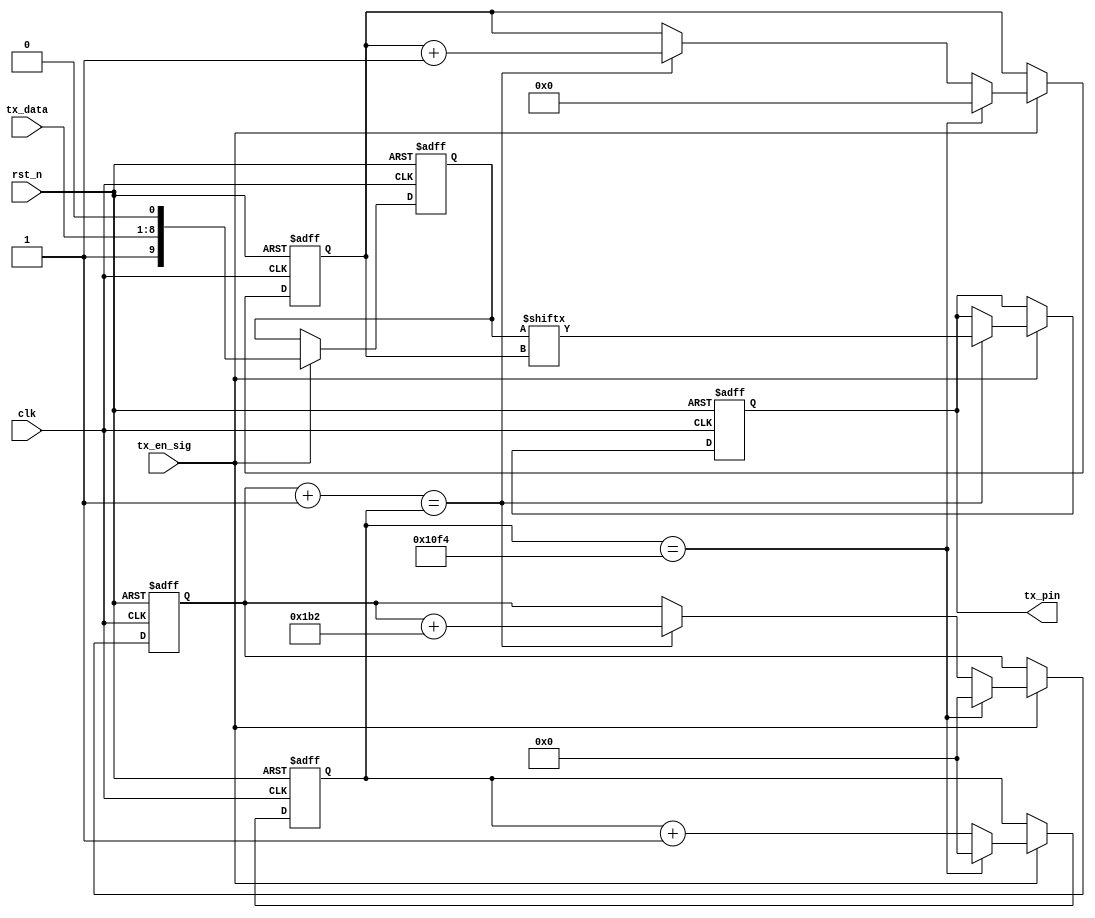
/*
 * 
 */

//50Mhz 115200bps
//1clk = 20ns
//1bit = 8.68us
//10*(434)=4340clk = 37671.2us
//+1clk,4341



module tx_module_2
#(parameter BPS = 13'd434)
(
    clk,
    rst_n,
    tx_en_sig,
    tx_data,
    tx_pin
);
    
    input clk;
    input rst_n;
    
    input tx_en_sig;
    input [7:0]tx_data;
    
    output reg tx_pin;
    
    /***********************/
    /*
    //bitclk
    localparam BPS_50MHz_9600   = 13'd5208;     *10 = 52080(16bit)
    localparam BPS_50MHz_115200 = 13'd434;      *10 = 4340
    localparam BPS_12MHz_9600   = 13'd1250;     *10 = 12500
    localparam BPS_12MHz_115200 = 13'd104;      *10 = 1040
    */
    /***********************/
    
    reg [15:0] c1;      //--maxclk
    reg [15:0] x;       //bit
    reg [9:0] rData;    // 1bit start + 8bit data + 1bit stop
    reg [3:0] index;
    
    always @(posedge clk or negedge rst_n)
    begin
        if(~rst_n)
        begin
            tx_pin <= 1'b1;
            c1 <= 16'd0;
            x <= 16'd0;
            rData <= 10'd0;
            index <= 4'd0;
        end
        else if(tx_en_sig)
        begin
            rData <= {1'b1, tx_data, 1'b0}; //clk(--,)
            
            if(x+1 == c1) //tx_pinrData,1clk
            begin
                x <= x + BPS;
                tx_pin <= rData[index];
                index <= index + 1'b1;
            end
            
            if(c1 == BPS*10) //BSP*10+1clk
            begin
                c1 <= 16'd0;
                x <= 16'd0;
                index <= 4'd0;
            end
            else
                c1 <= c1 + 1'b1;
        end
    end
    
    
endmodule